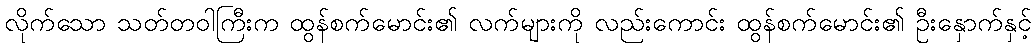
လိုက်သော သတ်တဝါကြီးက ထွန်စက်မောင်း၏ လက်များကို လည်းကောင်း ထွန်စက်မောင်း၏ ဦးနှောက်နှင့်